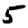
Digit: 5